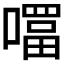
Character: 𭋊